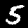
Label: 5